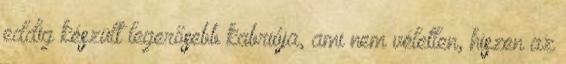
eddig készült legerősebb kabriója, ami nem véletlen, hiszen az